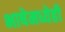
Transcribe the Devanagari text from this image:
भाषेमध्येही